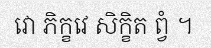
វោ ភិក្ខវេ សិក្ខិត ព្វំ ។